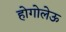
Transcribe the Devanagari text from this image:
होगोलेऊ